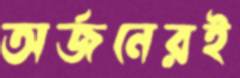
অর্জনেরই